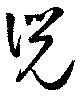
兕